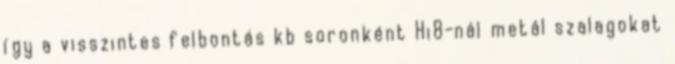
így a visszintes felbontás kb soronként Hi8-nál metál szalagokat